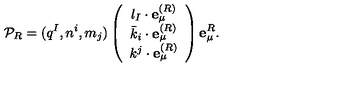
{ \cal P } _ { R } = ( q ^ { I } , n ^ { i } , m _ { j } ) \left( \begin{array} { c } { l _ { I } \cdot { \bf e } _ { \mu } ^ { ( R ) } } \\ { { \bar { k } } _ { i } \cdot { \bf e } _ { \mu } ^ { ( R ) } } \\ { k ^ { j } \cdot { \bf e } _ { \mu } ^ { ( R ) } } \\ \end{array} \right) { \bf e } _ { \mu } ^ { R } .